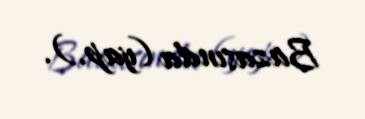
Bazasında (yap.).